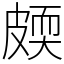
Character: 㿵